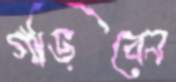
গড়িবেন